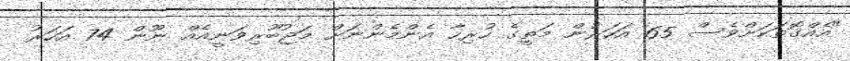
"އެއްގޮތަކަށްވެސް 65 އަހަރުން މަތީގެ ހުރިހާ އެންމެންނަށް މަޖުބޫރިވަނީއެއް ނޫން 74 އަހަރު